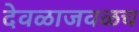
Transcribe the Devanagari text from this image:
देवळाजवळच